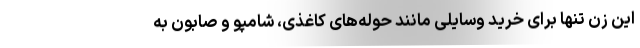
این زن تنها برای خرید وسایلی مانند حوله‌های کاغذی، شامپو و صابون به